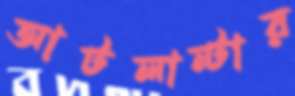
আটলান্টার